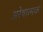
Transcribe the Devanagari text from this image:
अरेषात्मक